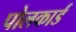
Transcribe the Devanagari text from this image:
पोलकार्ड